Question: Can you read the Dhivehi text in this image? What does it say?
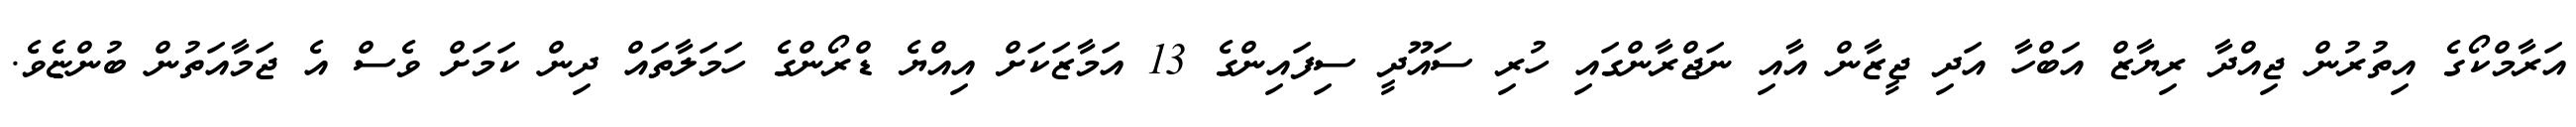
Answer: އަރާމްކޯގެ އިތުރުން ޖިއްދާ ރިޔާޒް އަބްހާ އަދި ޖީޒާން އާއި ނަޖްރާންގައި ހުރި ސައޫދީ ސިފައިންގެ 13 އަމާޒަކަށް އިއްޔެ ޑްރޯންގެ ހަމަލާތައް ދިން ކަމަށް ވެސް އެ ޖަމާއަތުން ބުންޏެވެ.